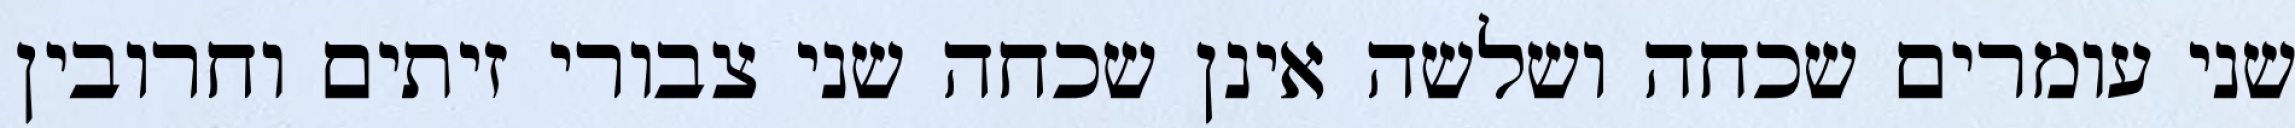
שני עומרים שכחה ושלשה אינן שכחה שני צבורי זיתים וחרובין